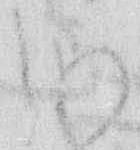
つ